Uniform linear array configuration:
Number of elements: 32
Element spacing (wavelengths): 0.75
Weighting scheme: kaiser
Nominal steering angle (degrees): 45
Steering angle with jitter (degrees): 46.36
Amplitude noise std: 0.05
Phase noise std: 0.05

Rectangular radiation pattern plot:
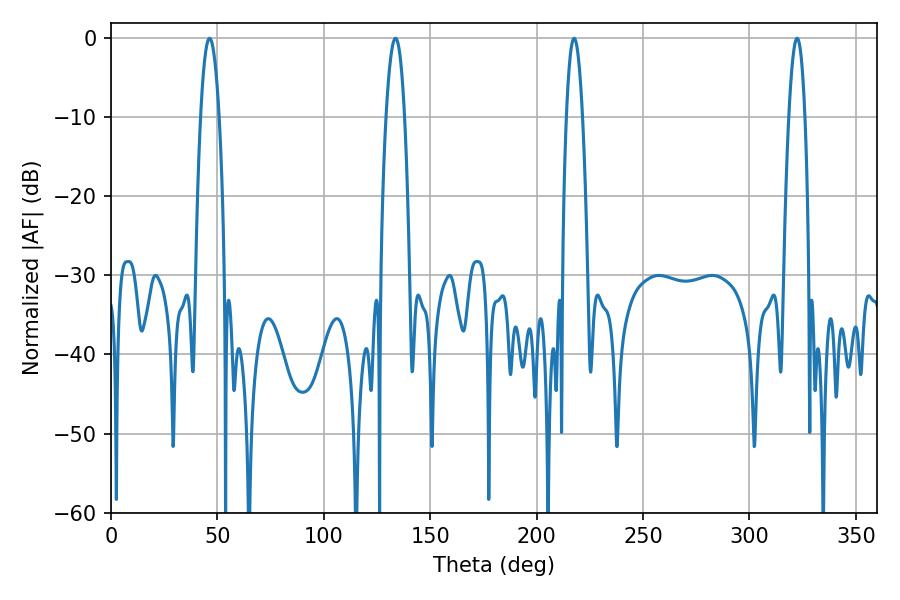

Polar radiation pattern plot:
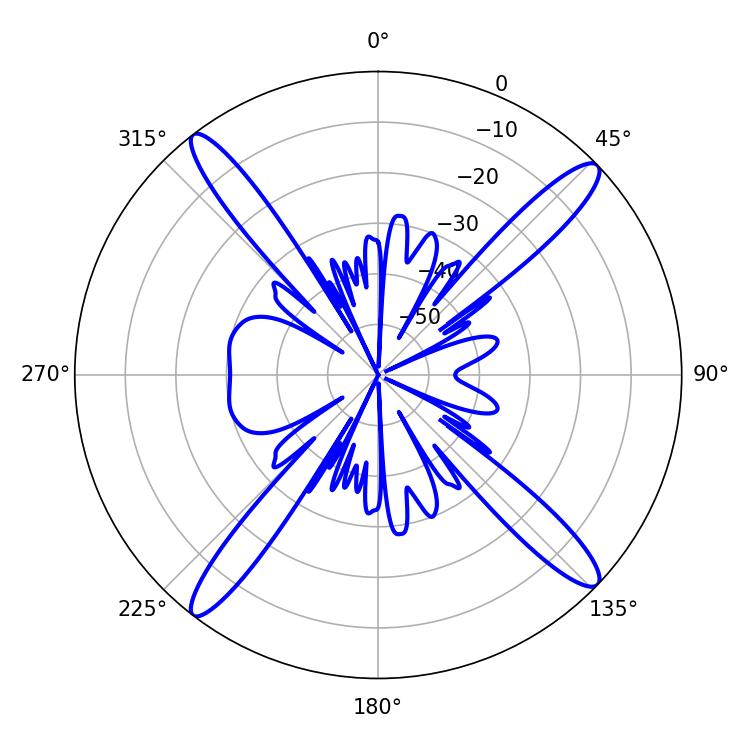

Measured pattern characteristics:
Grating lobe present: TRUE
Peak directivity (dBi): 17.698
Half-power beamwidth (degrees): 4.14
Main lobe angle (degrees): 217.62